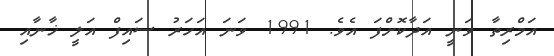
އަމްރިތާ ވަނީ އަދާކޮށްފަ އެވެ. 1991 ވަނަ އަހަރު ސައިފް އަލީ ޚާނާއި